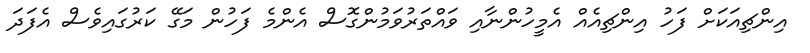
އިންޗިއަކަށް ފަހު އިންޗިއެއް އެމީހުންނާއި ވައްތަރުވަމުންގޮސް އެންމެ ފަހުން މަގޭ ކަރުގައިވެސް އެފަދަ